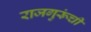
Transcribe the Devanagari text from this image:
राजगुरूंची